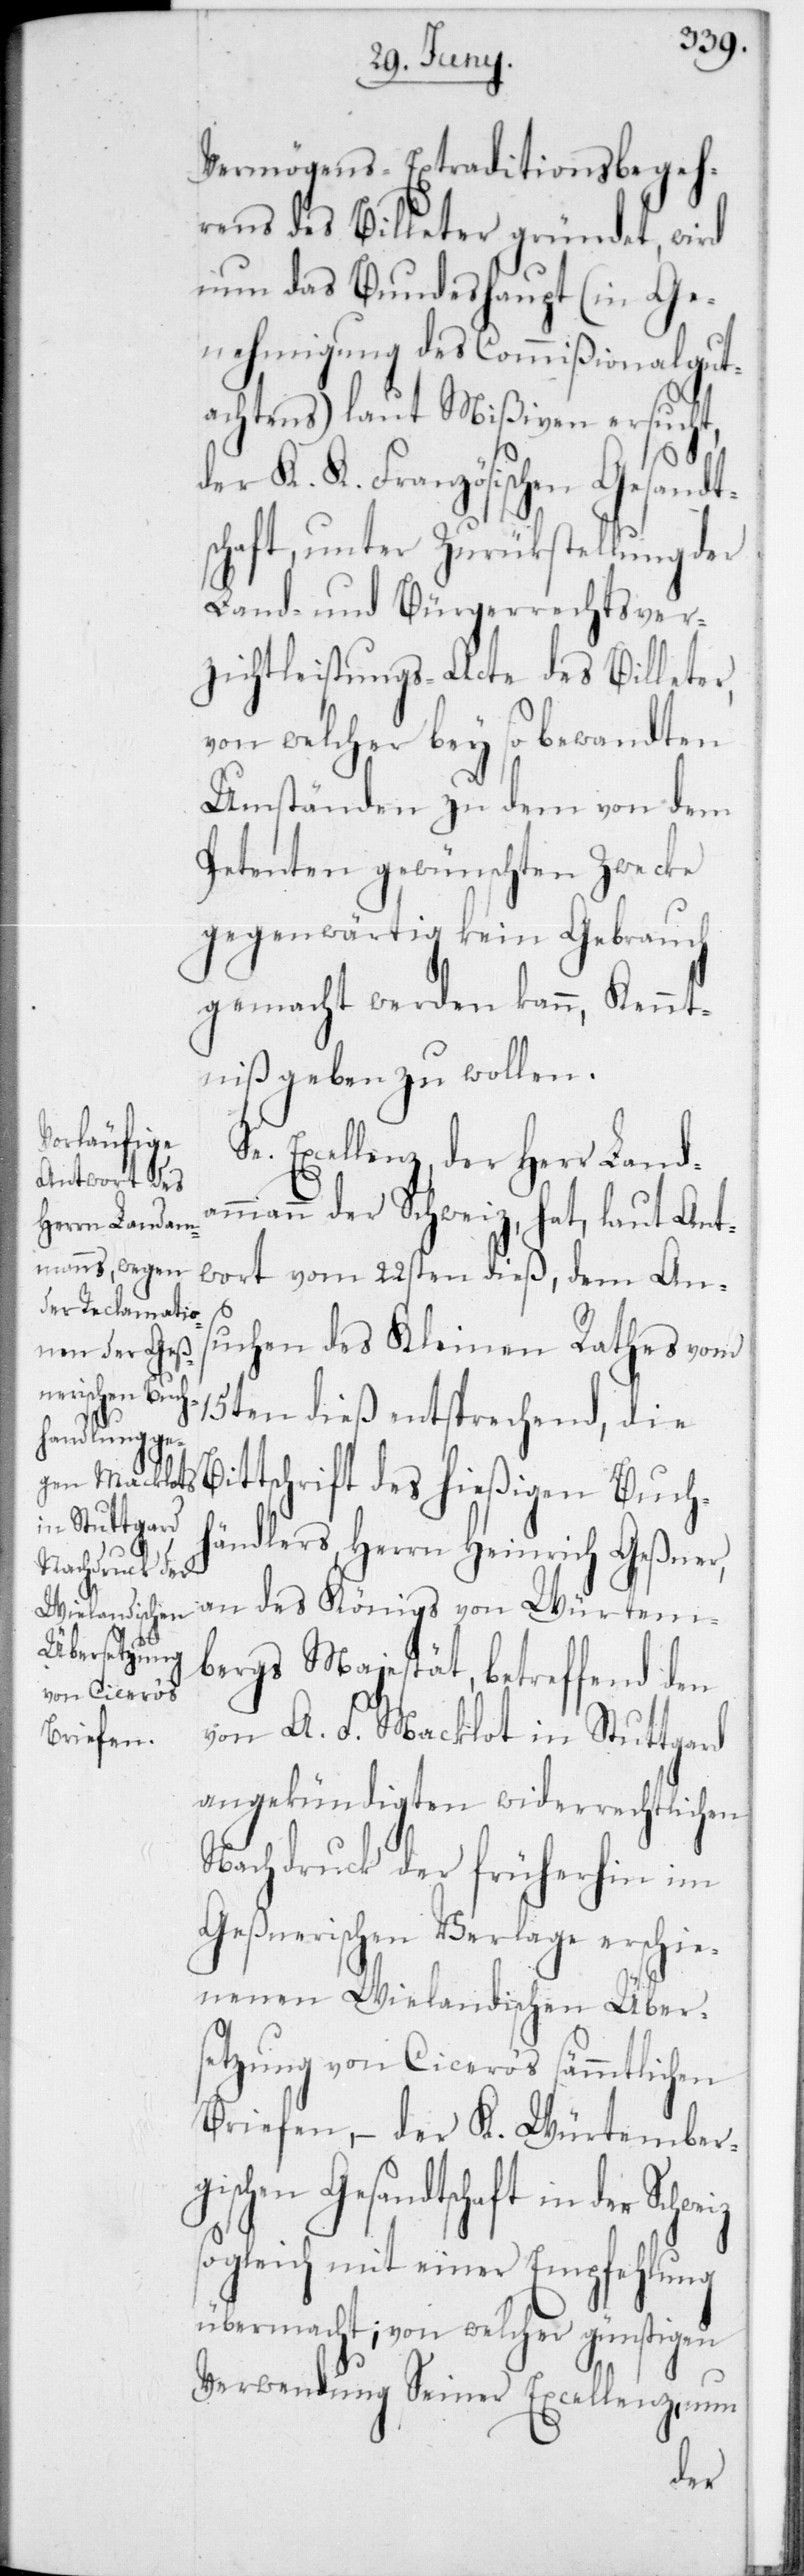
Vermögens-Extraditionsbegeh¬
rens des Billeter gründet, wird
nun das Bundeshaupt (in Ge¬
nehmigung des Commißionalgut¬
achtens) laut Mißiven ersucht,
der K. K. Französischen Gesandt¬
schaft, unter Zurückstellung der
Land- und Bürgerrechtsver¬
zichtleistungs-Acte des Billeter,
von welcher bey so bewandten
Umständen zu dem von dem
Petenten gewünschten Zwecke
gegenwärtig kein Gebrauch
gemacht werden kann, Kennt¬
niß geben zu wollen.
Se. Excellenz, der Herr Land¬
ammann der Schweiz, hat, laut Ant¬
uchen des Kleinen Rathes vom
15ten dieß entsprechend, die B¬
dem Ans¬
ittschrift des hießigen Buch¬
händlers Herrn Heinrich Geßner,
an des Königs von Würtem¬
bergs Majestät, betreffend den
von A. F. Macklot in Stuttgard
angekündigten widerrechtlichen
Nachdruck der früherhin im
Geßnerischen Verlage erschi¬
enen Wielandischen Über¬
setzung von Cicero‘s sämmtlichen
Briefen, – der K. Würtemberg¬
ischen Gesandtschaft in der
sogleich mit einer Empfehlung
übermacht; von welcher günstigen
Verwendung Seiner Excellenz, nun
wort